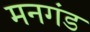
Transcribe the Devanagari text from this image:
मनगंड